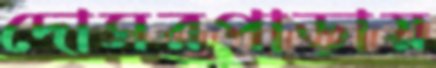
দোসরপাড়ায়